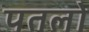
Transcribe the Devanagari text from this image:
पतलो